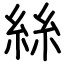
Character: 絲